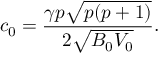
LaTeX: c _ { 0 } = \frac { \gamma p \sqrt { p ( p + 1 ) } } { 2 \sqrt { B _ { 0 } V _ { 0 } } } .